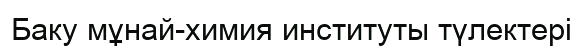
Баку мұнай-химия институты түлектері